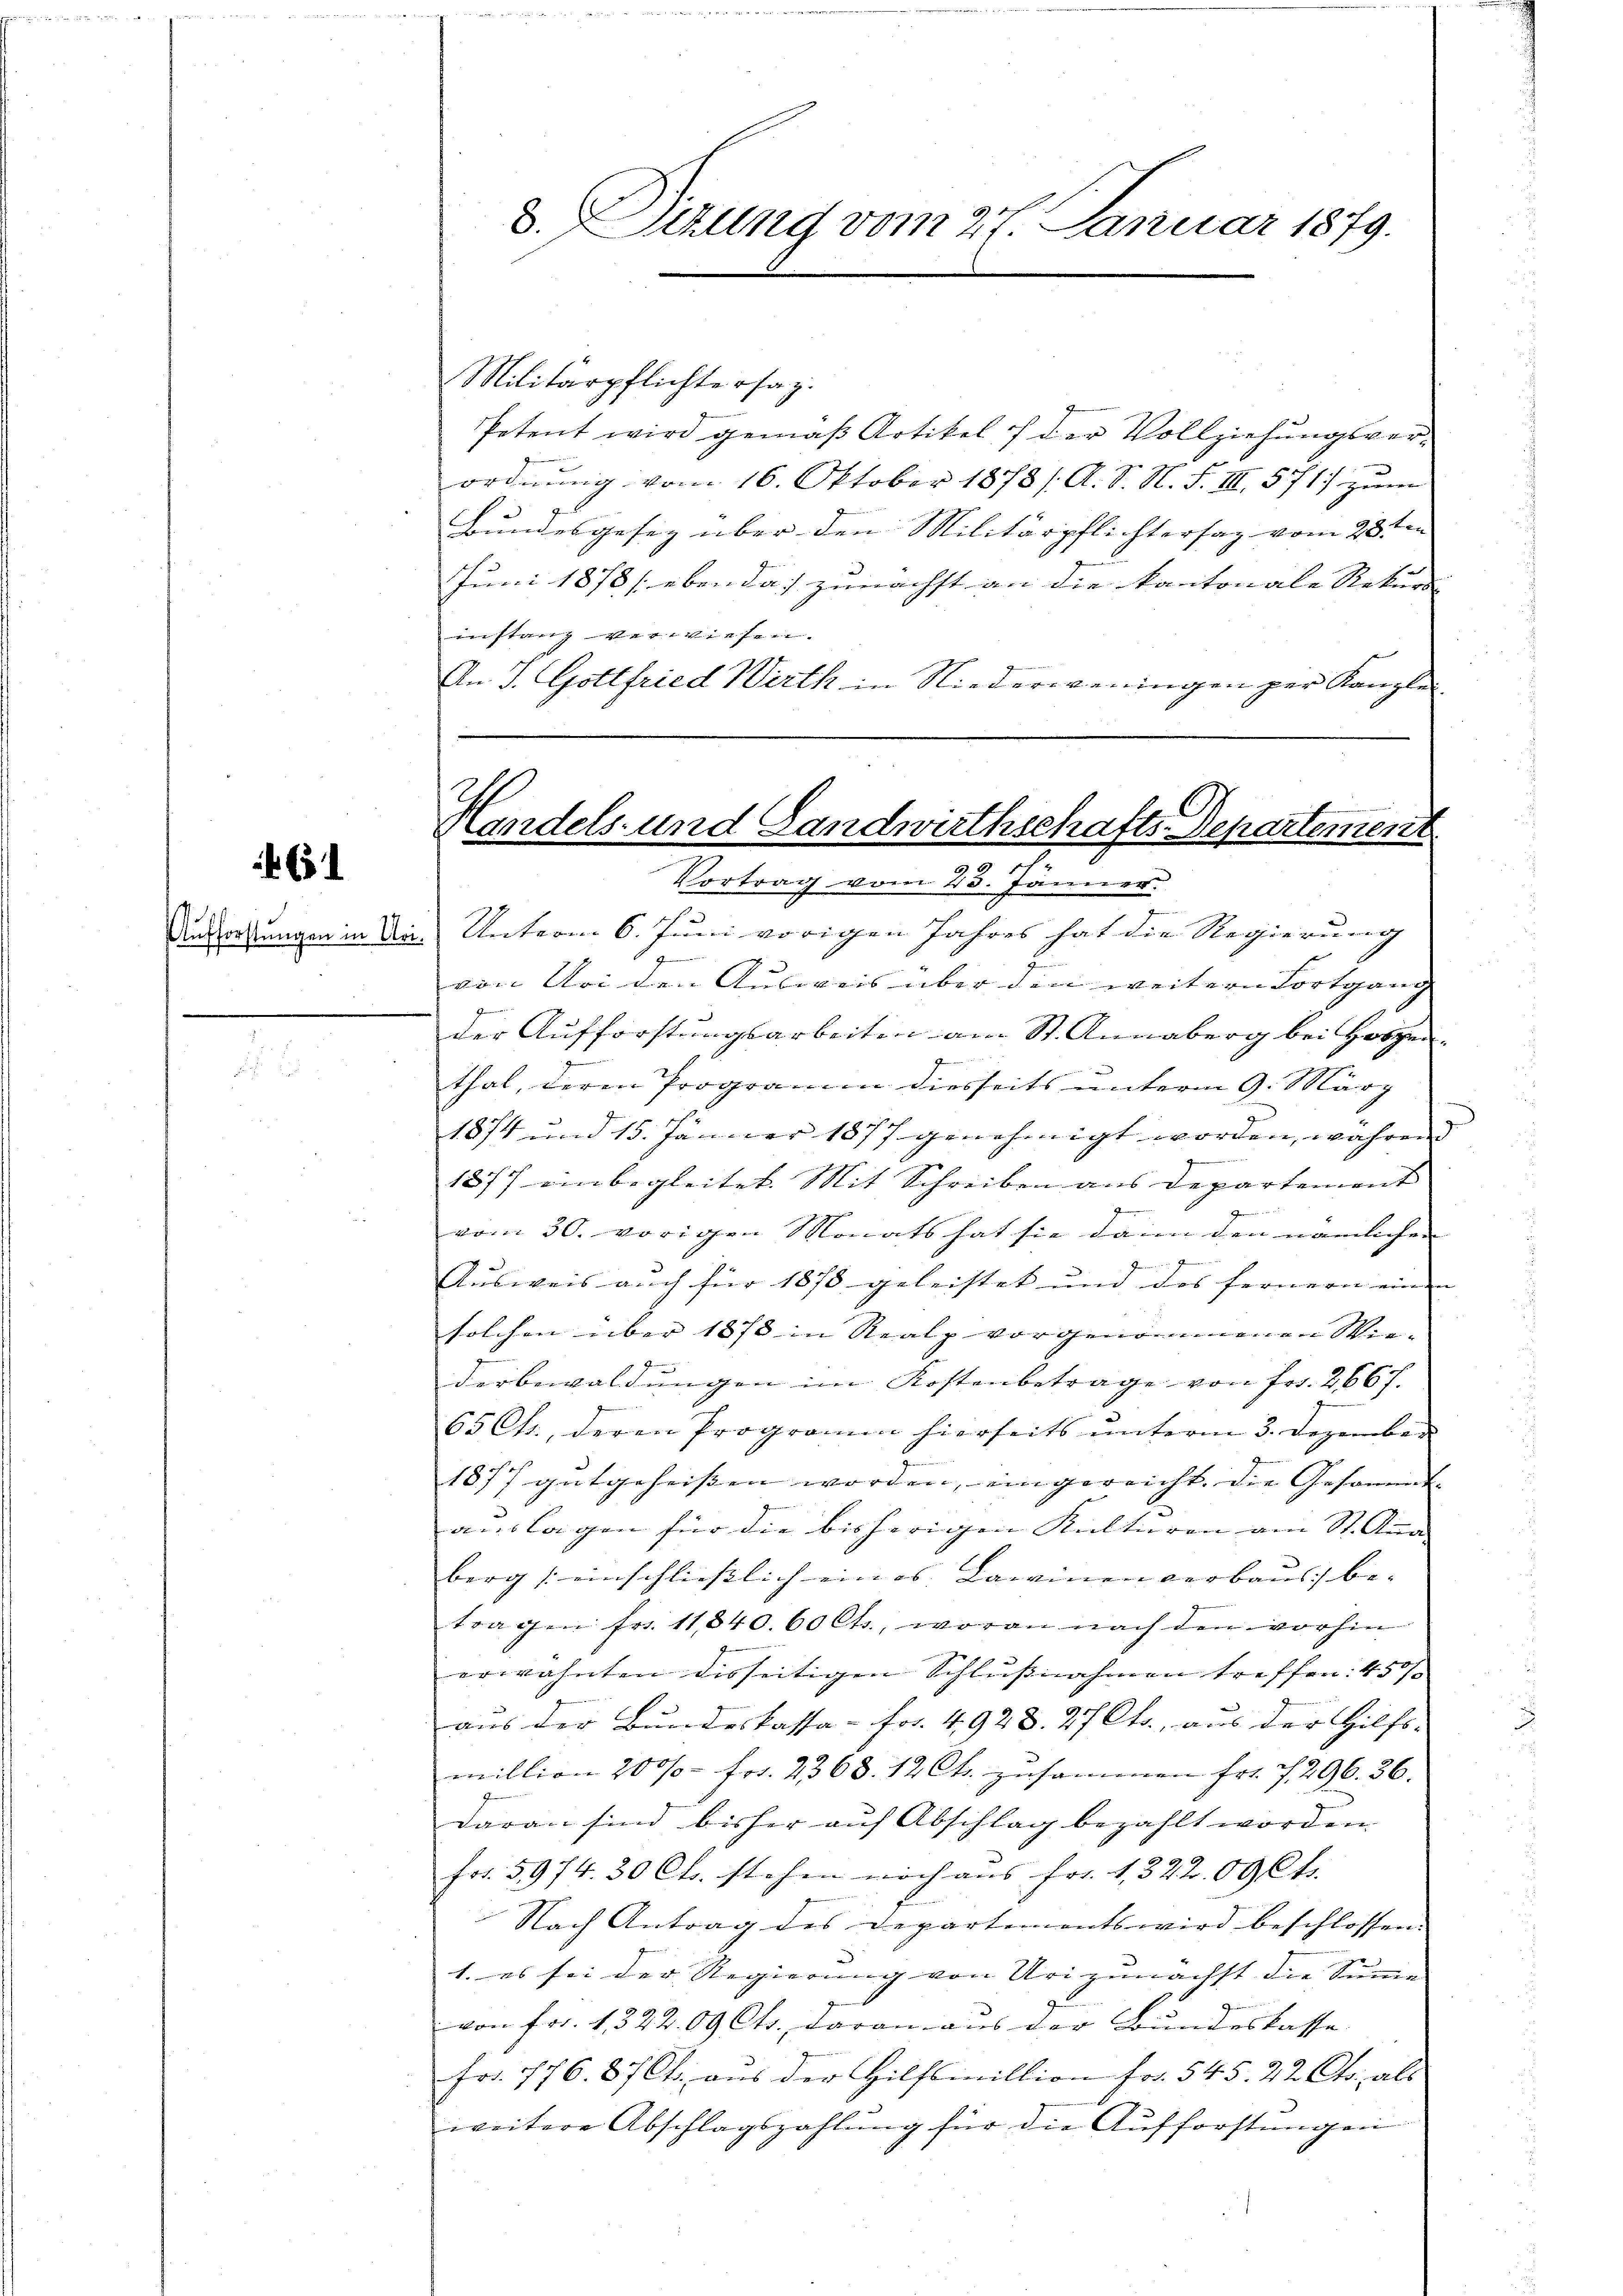
6

d. Sizung vom 27. Januar 1879.

Militärpflichtersag
Petent wird gemäß Artikel 7 der Vollziehungsverordnung vom 16. Oktober 1878 / A. S. N. S. III. 571 zum
Bundesgesez über den Militärpflichtersaz vom 28ten
Juni 1878 (eben das zunächst an die kantonale Rekurs |
instanz verwiesen.
An J. Gottfried Wirth in Niederweningen per Kanzle

Handels- und Landwirthschafts-Departement
e
Vortrag vom 23. Jänner.

Dintretungen in da. Unterm 6. Juni vorigen Jahres hat die Regierung
2
von Uri den Ausweis über den weitern Fortgang
g
der Aufforstungsarbeiten am St. Annaberg bei Horgen
u
thal, deren Programm diesseits unterm 9. März
1874 und 15. Jänner 1877 genehmigt worden, während
1877 einbegleitet. Mit Schreiben aus Departement |

vom 30. vorigen Monats hat sie dann den nämlichen
Ien
Ausweis auch für 1878 geleistet und des fernern einen
solchen über 1878 in Realp vorgenommenen Wiederbewaldungen im Kostenbetrage von Fr. 2667.
65 Cts., deren Programm hierseits unterm 3. Dezember
1877 gutgeheissen worden, eingereicht. Die Gesammt-
auslagen für die bisherigen Kulturen am St. Anna
berg einschließlich eines Lawinen verbaus be-
tragen fr. 11840. 60 Cts., woran nach den vorhin
erwähnten disseitigen Schlußnahmen treffen: 450/
aus der Bundeskassa - Fr. 4928. 27 Cts., aus der Hilfs-
million 200 frs. 2368. 12 Cts. zusammen fr. 7, 296. 36.
daran sind bisher auf Abschlag bezahlt worden.
fr. 5974. 30 Cts. stehen noch aus fr. 1322. 00 Cts.
Nach Antrag des Departements wird beschlossen:
1. es sei der Regierung von Uri zunächst die Summe
von Fr. 1322. 09 Cts. daran aus der Bundeskasse
Fr. 776. 87 Ch. aus der Hilflinillion Fr. 545. 22 Cts. als
weitere Abschlagszahlŭng für die Aufforstungen